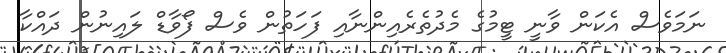
ނަމަވެސް އެކަން ވާނީ ޓީމުގެ މެދުތެރެއިންނާއި ފަހަތުން ވެސް ފޯވާޑް ލައިނުން ދައްކާ